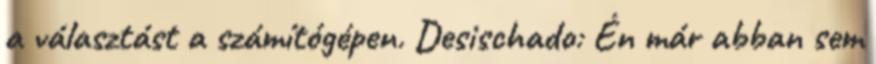
a választást a számítógépen. Desischado: Én már abban sem